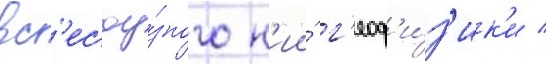
вс'есоу́зного н'ии́ г'еоф'и́з'ик'и /